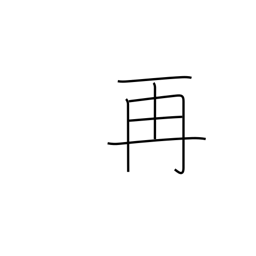
Meaning: twice